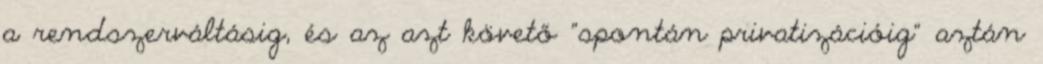
a rendszerváltásig, és az azt követő "spontán privatizációig" aztán